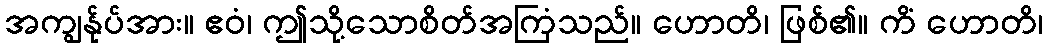
အကျွန်ုပ်အား။ ဧဝံ၊ ဤသို့သောစိတ်အကြံသည်။ ဟောတိ၊ ဖြစ်၏။ ကိံ ဟောတိ၊